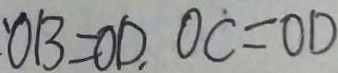
O B = O D , O C = O D